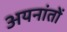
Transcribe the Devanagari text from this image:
अयनांतों